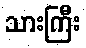
သားကြီး